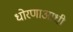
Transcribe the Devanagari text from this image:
धोरणाआधी